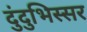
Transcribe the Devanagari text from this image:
दुंदुभिस्सर